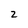
Character: 2